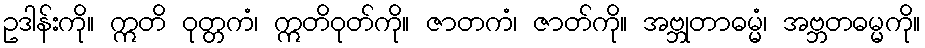
ဥဒါန်းကို။ ဣတိ ဝုတ္တကံ၊ ဣတိဝုတ်ကို။ ဇာတကံ၊ ဇာတ်ကို။ အဗ္ဘုတာဓမ္မံ၊ အဗ္ဘတဓမ္မကို။